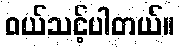
၀ယ်သင့်ပါတယ်။